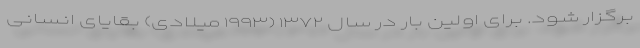
برگزار شود. برای اولین بار در سال ۱۳۷۲ (۱۹۹۳ میلادی) بقایای انسانی